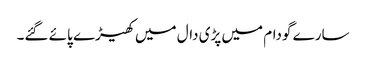
سارے گودام میں پڑی دال میں کھیڑے پائے گئے۔